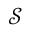
{ \mathcal { S } }